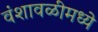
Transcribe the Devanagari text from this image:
वंशावळीमध्ये